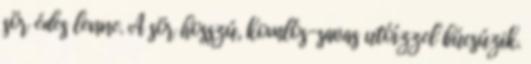
sör édes lenne. A sör hosszú, komlós-savas utóízzel búcsúzik.